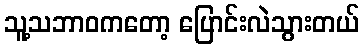
သူ့သဘာဝကတော့ ပြောင်းလဲသွားတယ်